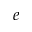
e